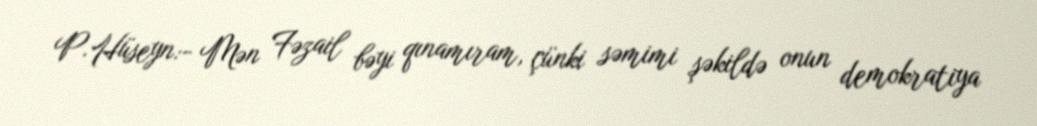
P.Hüseyn:- Mən Fəzail bəyi qınamıram, çünki səmimi şəkildə onun demokratiya